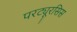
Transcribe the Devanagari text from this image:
परट्यूरसिस